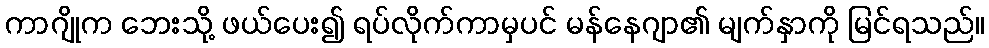
ကာဂျိုက ဘေးသို့ ဖယ်ပေး၍ ရပ်လိုက်ကာမှပင် မန်နေဂျာ၏ မျက်နှာကို မြင်ရသည်။